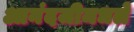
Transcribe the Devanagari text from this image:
आनंदजीमधले